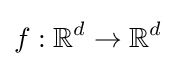
f:\mathbb {R} ^{d}\to \mathbb {R} ^{d}